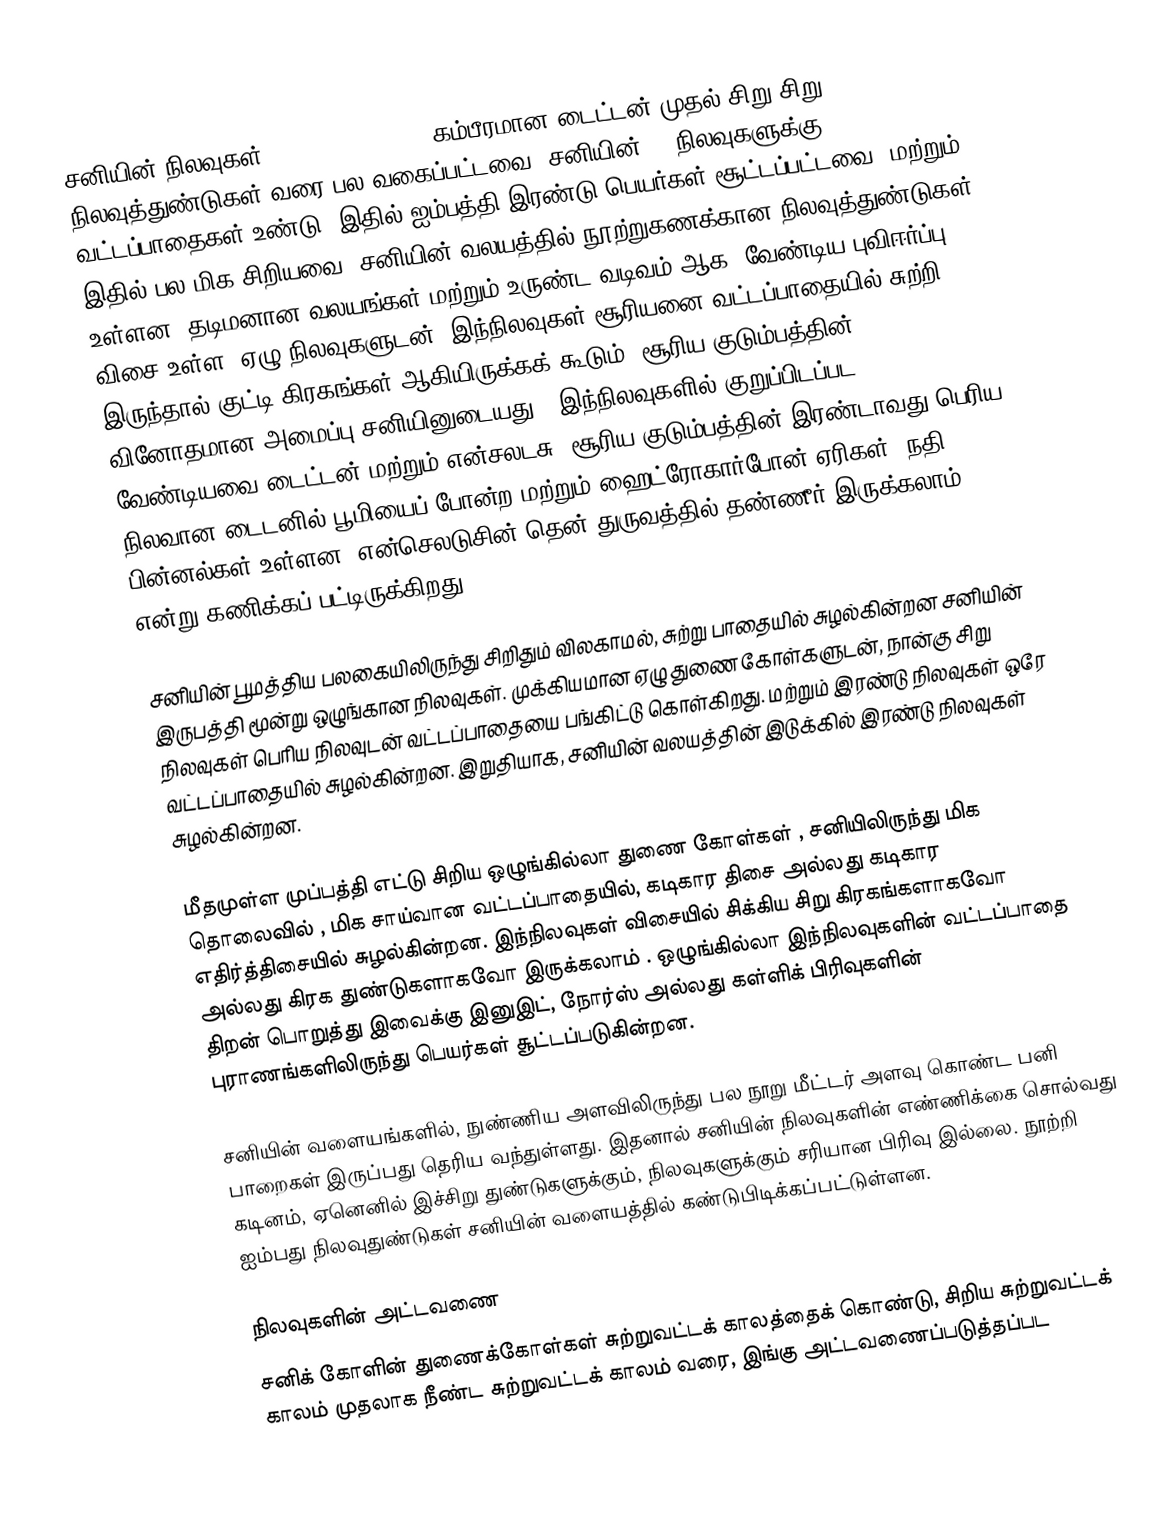
சனியின் நிலவுகள் (Moons of Saturn) கம்பீரமான டைட்டன் முதல் சிறு சிறு நிலவுத்துண்டுகள் வரை பல வகைப்பட்டவை. சனியின் 62 நிலவுகளுக்கு வட்டப்பாதைகள் உண்டு. இதில் ஐம்பத்தி இரண்டு பெயர்கள் சூட்டப்பட்டவை. மற்றும் இதில் பல மிக சிறியவை. சனியின் வலயத்தில் நூற்றுகணக்கான நிலவுத்துண்டுகள் உள்ளன. தடிமனான வலயங்கள் மற்றும் உருண்ட வடிவம் ஆக, வேண்டிய புவிஈர்ப்பு விசை உள்ள, ஏழு நிலவுகளுடன் (இந்நிலவுகள் சூரியனை வட்டப்பாதையில் சுற்றி இருந்தால் குட்டி கிரகங்கள் ஆகியிருக்கக் கூடும்) சூரிய குடும்பத்தின் வினோதமான அமைப்பு சனியினுடையது . இந்நிலவுகளில் குறுப்பிடப்பட வேண்டியவை டைட்டன் மற்றும் என்சலடசு. சூரிய குடும்பத்தின் இரண்டாவது பெரிய நிலவான டைடனில் பூமியைப் போன்ற மற்றும் ஹைட்ரோகார்போன் ஏரிகள், நதி பின்னல்கள் உள்ளன. என்செலடுசின் தென் துருவத்தில் தண்ணீர் இருக்கலாம் என்று கணிக்கப் பட்டிருக்கிறது.

சனியின் பூமத்திய பலகையிலிருந்து சிறிதும் விலகாமல், சுற்று பாதையில் சுழல்கின்றன சனியின் இருபத்தி மூன்று ஒழுங்கான நிலவுகள். முக்கியமான ஏழு துணை கோள்களுடன், நான்கு சிறு நிலவுகள் பெரிய நிலவுடன் வட்டப்பாதையை பங்கிட்டு கொள்கிறது. மற்றும் இரண்டு நிலவுகள் ஒரே வட்டப்பாதையில் சுழல்கின்றன. இறுதியாக, சனியின் வலயத்தின் இடுக்கில் இரண்டு நிலவுகள் சுழல்கின்றன.

மீதமுள்ள முப்பத்தி எட்டு சிறிய ஒழுங்கில்லா துணை கோள்கள் , சனியிலிருந்து மிக தொலைவில் , மிக சாய்வான வட்டப்பாதையில், கடிகார திசை அல்லது கடிகார எதிர்த்திசையில் சுழல்கின்றன. இந்நிலவுகள் விசையில் சிக்கிய சிறு கிரகங்களாகவோ அல்லது கிரக துண்டுகளாகவோ இருக்கலாம் . ஒழுங்கில்லா இந்நிலவுகளின் வட்டப்பாதை திறன் பொறுத்து இவைக்கு இனுஇட், நோர்ஸ் அல்லது கள்ளிக் பிரிவுகளின் புராணங்களிலிருந்து பெயர்கள் சூட்டப்படுகின்றன.

சனியின் வளையங்களில், நுண்ணிய அளவிலிருந்து பல நூறு மீட்டர் அளவு கொண்ட பனி பாறைகள் இருப்பது தெரிய வந்துள்ளது. இதனால் சனியின் நிலவுகளின் எண்ணிக்கை சொல்வது கடினம், ஏனெனில் இச்சிறு துண்டுகளுக்கும், நிலவுகளுக்கும் சரியான பிரிவு இல்லை. நூற்றி ஐம்பது நிலவுதுண்டுகள் சனியின் வளையத்தில் கண்டுபிடிக்கப்பட்டுள்ளன.

நிலவுகளின் அட்டவணை
சனிக் கோளின் துணைக்கோள்கள் சுற்றுவட்டக் காலத்தைக் கொண்டு, சிறிய சுற்றுவட்டக் காலம் முதலாக நீண்ட சுற்றுவட்டக் காலம் வரை, இங்கு அட்டவணைப்படுத்தப்பட